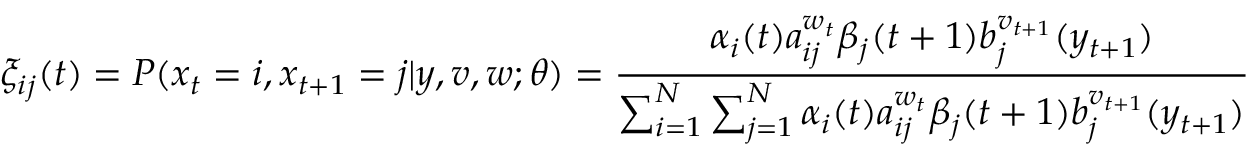
\xi _ { i j } ( t ) = P ( x _ { t } = i , x _ { t + 1 } = j | y , v , w ; \theta ) = { \frac { \alpha _ { i } ( t ) a _ { i j } ^ { w _ { t } } \beta _ { j } ( t + 1 ) b _ { j } ^ { v _ { t + 1 } } ( y _ { t + 1 } ) } { \sum _ { i = 1 } ^ { N } \sum _ { j = 1 } ^ { N } \alpha _ { i } ( t ) a _ { i j } ^ { w _ { t } } \beta _ { j } ( t + 1 ) b _ { j } ^ { v _ { t + 1 } } ( y _ { t + 1 } ) } }